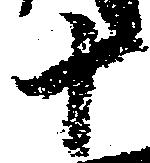
十